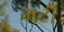
મટી